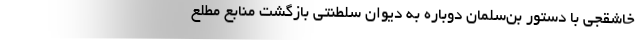
خاشقجی با دستور بن‌سلمان دوباره به دیوان سلطنتی بازگشت منابع مطلع